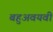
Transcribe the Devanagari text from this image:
बहुअवयवी